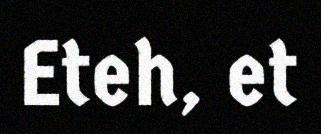
Eteh, et